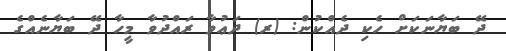
ދޭ ބަޔާނަކަށް ހެކި ދެއްކުން: (ރ) ދަޢުވާ ރައްދުވާ މީހާ ދޭ ބަޔާނެއްގެ